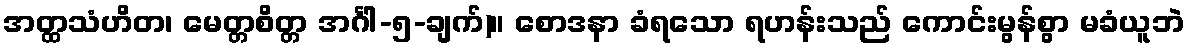
အတ္ထသံဟိတ၊ မေတ္တစိတ္တ အင်္ဂါ-၅-ချက်)။ စောဒနာ ခံရသော ရဟန်းသည် ကောင်းမွန်စွာ မခံယူဘဲ